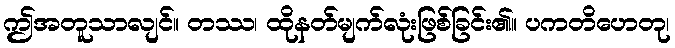
ဤအတူသာလျင်။ တဿ၊ ထိုနတ်မျက်လုံးဖြစ်ခြင်း၏။ ပကတိဟေတု၊